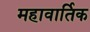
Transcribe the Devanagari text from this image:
महावार्तिक